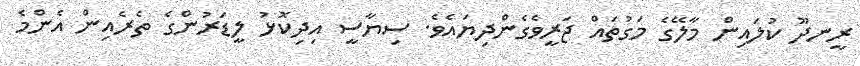
ރީނދޫ ކުލައިން މާލޭގެ މަގުތައް ޖަރީވެގެންދިޔައެވެ. ސިޔާސީ އިދިކޮޅު ލީޑަރުންގެ ތެރެއިން އެންމެ